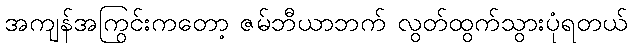
အကျန်အကြွင်းကတော့ ဇမ်ဘီယာဘက် လွတ်ထွက်သွားပုံရတယ်